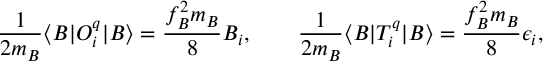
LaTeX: { \frac { 1 } { 2 m _ { B } } } \langle B | O _ { i } ^ { q } | B \rangle = { \frac { f _ { B } ^ { 2 } m _ { B } } { 8 } } B _ { i } , \qquad { \frac { 1 } { 2 m _ { B } } } \langle B | T _ { i } ^ { q } | B \rangle = { \frac { f _ { B } ^ { 2 } m _ { B } } { 8 } } \epsilon _ { i } ,